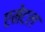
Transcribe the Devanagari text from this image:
एमेटल